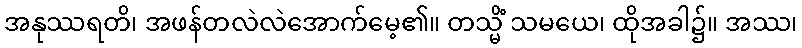
အနုဿရတိ၊ အဖန်တလဲလဲအောက်မေ့၏။ တသ္မိံ သမယေ၊ ထိုအခါ၌။ အဿ၊